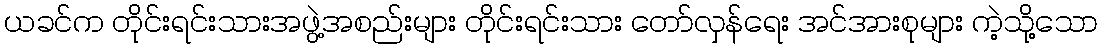
ယခင်က တိုင်းရင်းသားအဖွဲ့အစည်းများ တိုင်းရင်းသား တော်လှန်ရေး အင်အားစုများ ကဲ့သို့သော